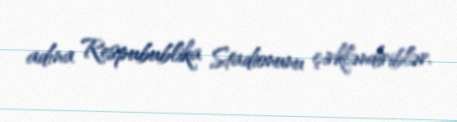
adına Respubublika Stadionunu çirkləndiriblər.